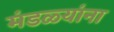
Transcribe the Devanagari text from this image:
मंडळ्यांना